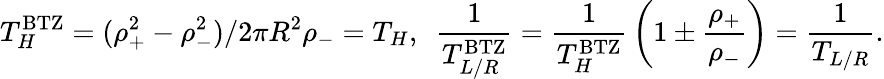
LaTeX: T_{H}^{\mathrm{BTZ}}=(\rho_{+}^{2}-\rho_{-}^{2})/2\pi R^{2}\rho_{-}=T_{H},~~{\frac{1}{T_{L/R}^{\mathrm{BTZ}}}}={\frac{1}{T_{H}^{\mathrm{BTZ}}}}\left(1\pm{\frac{\rho_{+}}{\rho_{-}}}\right)={\frac{1}{T_{L/R}}}.